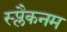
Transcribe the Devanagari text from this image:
स्प्लैकनम